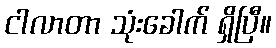
ငါလာတာ သုံးခေါက် ရှိပြီ။